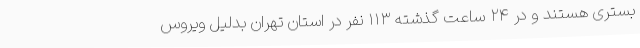
بستری هستند و در ۲۴ ساعت گذشته ۱۱۳ نفر در استان تهران بدلیل ویروس